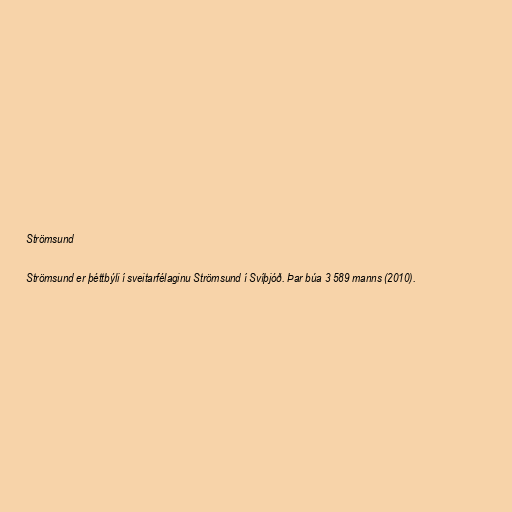
Strömsund

Strömsund er þéttbýli í sveitarfélaginu Strömsund í Svíþjóð. Þar búa 3 589 manns (2010).